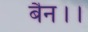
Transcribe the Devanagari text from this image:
बैन।।